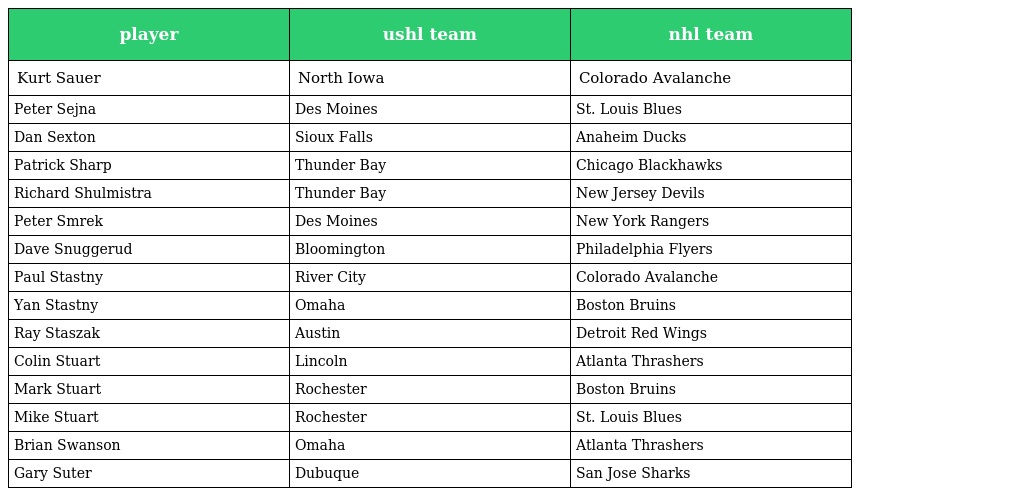
| player | ushl team | nhl team |
 | --- | --- | --- |
 | Kurt Sauer | North Iowa | Colorado Avalanche |
 | Peter Sejna | Des Moines | St. Louis Blues |
 | Dan Sexton | Sioux Falls | Anaheim Ducks |
 | Patrick Sharp | Thunder Bay | Chicago Blackhawks |
 | Richard Shulmistra | Thunder Bay | New Jersey Devils |
 | Peter Smrek | Des Moines | New York Rangers |
 | Dave Snuggerud | Bloomington | Philadelphia Flyers |
 | Paul Stastny | River City | Colorado Avalanche |
 | Yan Stastny | Omaha | Boston Bruins |
 | Ray Staszak | Austin | Detroit Red Wings |
 | Colin Stuart | Lincoln | Atlanta Thrashers |
 | Mark Stuart | Rochester | Boston Bruins |
 | Mike Stuart | Rochester | St. Louis Blues |
 | Brian Swanson | Omaha | Atlanta Thrashers |
 | Gary Suter | Dubuque | San Jose Sharks |